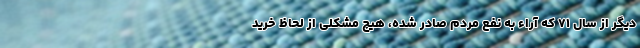
دیگر از سال ۷۱ که آراء به نفع مردم صادر شده، هیچ مشکلی از لحاظ خرید